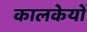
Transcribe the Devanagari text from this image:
कालकेयों